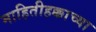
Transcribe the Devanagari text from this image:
माहितीहक्काच्या